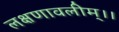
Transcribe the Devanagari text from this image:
लक्षणावलीम्।।